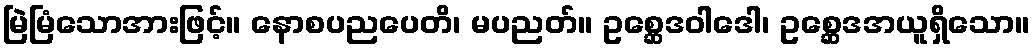
မြဲမြံသောအားဖြင့်။ နောစပညပေတိ၊ မပညတ်။ ဥစ္ဆေဒဝါဒေါ၊ ဥစ္ဆေဒအယူရှိသော။